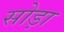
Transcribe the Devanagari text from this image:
सोड़ा